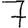
Digit: 7